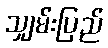
သျှမ်းပြည်